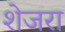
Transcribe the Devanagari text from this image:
शेजरा